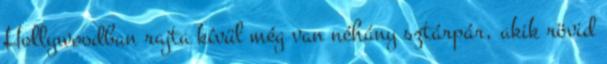
Hollywoodban rajta kívül még van néhány sztárpár, akik rövid